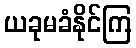
ယခုမခံနိုင်ကြ